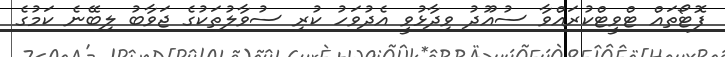
ފޮޓޯތައް ޓްވީޓްކުރައްވާ ސުއޫދު ވިދާޅުވީ އެދުވަހު ކުރި ސުވާލުތަކުގެ ޖަވާބު ލިބޭނެ ކަމުގެ